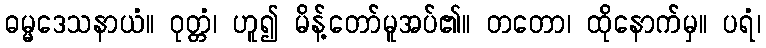
ဓမ္မဒေသနာယံ။ ဝုတ္တံ၊ ဟူ၍ မိန့်တော်မူအပ်၏။ တတော၊ ထိုနောက်မှ။ ပရံ၊